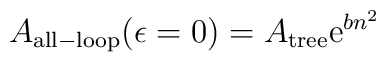
A_{{\rm all-loop}}(\epsilon =0)=A_{{\rm tree}}{\rm e}^{bn^2}